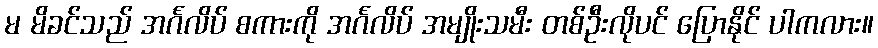
မ မိခင်သည် အင်္ဂလိပ် စကားကို အင်္ဂလိပ် အမျိုးသမီး တစ်ဦးလိုပင် ပြောနိုင် ပါကလား။